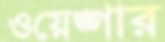
ওয়েঙ্গার